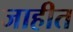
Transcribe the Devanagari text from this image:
जाहीत